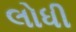
લોધી